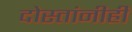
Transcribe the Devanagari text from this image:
दोस्तांनीही